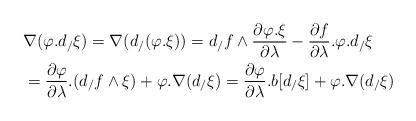
LaTeX: \begin{align*}& \nabla(\varphi.d_{/}\xi) = \nabla(d_{/}(\varphi.\xi)) = d_{/}f\wedge \frac{\partial \varphi.\xi}{\partial \lambda} - \frac{\partial f}{\partial \lambda}.\varphi.d_{/}\xi \\& = \frac{\partial \varphi}{\partial \lambda}.(d_{/}f\wedge \xi) + \varphi.\nabla(d_{/}\xi) = \frac{\partial \varphi}{\partial \lambda}.b[d_{/}\xi] + \varphi.\nabla(d_{/}\xi)\\\end{align*}